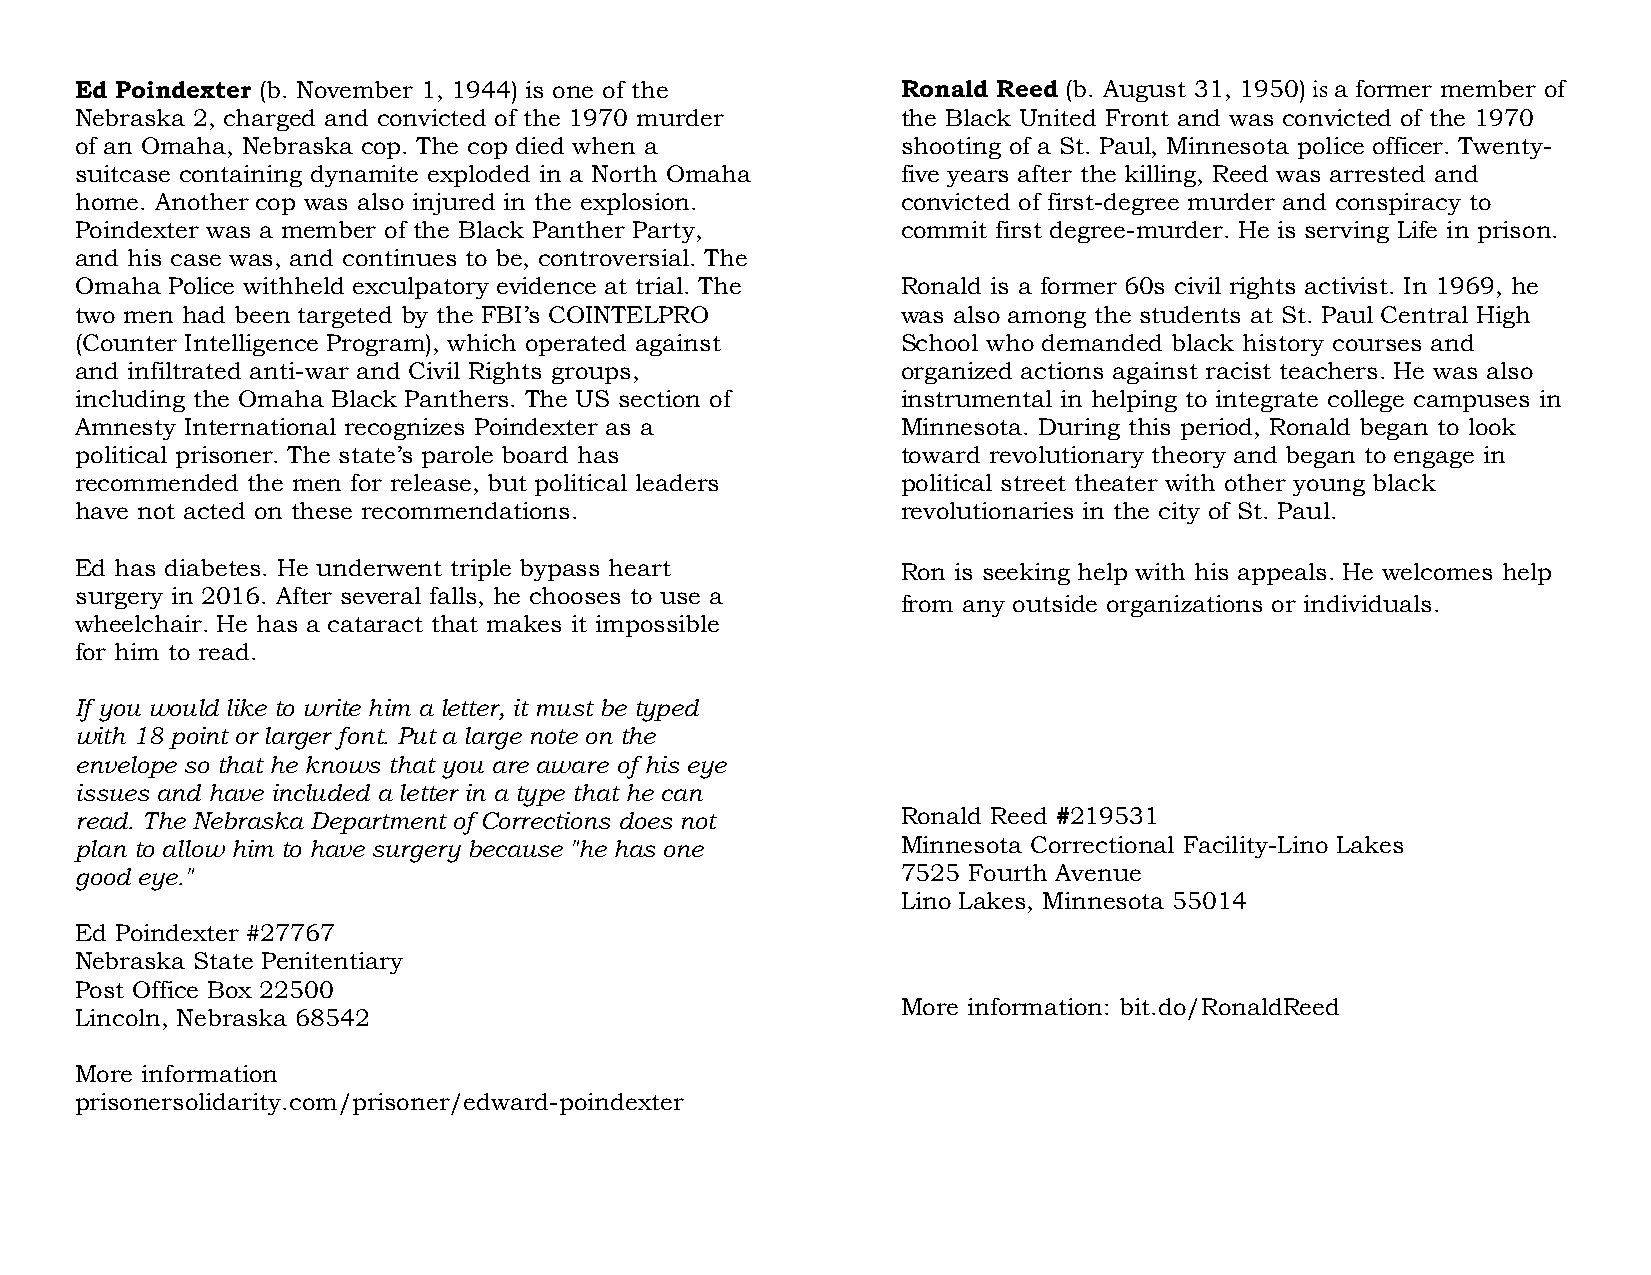
Ed Poindexter (b. November 1, 1944) is one of the      Ronald Reed (b. August 31, 1950) is a former member of
 Nebraska 2, charged and convicted of the 1970 murder   the Black United Front and was convicted of the 1970
 of an Omaha, Nebraska cop. The cop died when a         shooting of a St. Paul, Minnesota police officer. Twenty-
 suitcase containing dynamite exploded in a North Omaha five years after the killing, Reed was arrested and
 home. Another cop was also injured in the explosion.   convicted of first-degree murder and conspiracy to
 Poindexter was a member of the Black Panther Party,    commit first degree-murder. He is serving Life in prison.
 and his case was, and continues to be, controversial. The
 Omaha Police withheld exculpatory evidence at trial. The Ronald is a former 60s civil rights activist. In 1969, he
 two men had been targeted by the FBI’s COINTELPRO      was also among the students at St. Paul Central High
 (Counter Intelligence Program), which operated against School who demanded black history courses and
 and infiltrated anti-war and Civil Rights groups,      organized actions against racist teachers. He was also
 including the Omaha Black Panthers. The US section of  instrumental in helping to integrate college campuses in
 Amnesty International recognizes Poindexter as a       Minnesota. During this period, Ronald began to look
 political prisoner. The state’s parole board has       toward revolutionary theory and began to engage in
 recommended the men for release, but political leaders political street theater with other young black
 have not acted on these recommendations.               revolutionaries in the city of St. Paul.
 Ed has diabetes. He underwent triple bypass heart      Ron is seeking help with his appeals. He welcomes help
 surgery in 2016. After several falls, he chooses to use a
 from any outside organizations or individuals.
 wheelchair. He has a cataract that makes it impossible
 for him to read.
 If you would like to write him a letter, it must be typed
 with 18 point or larger font. Put a large note on the
 envelope so that he knows that you are aware of his eye
 issues and have included a letter in a type that he can
 read. The Nebraska Department of Corrections does not  Ronald Reed #219531
 plan to allow him to have surgery because "he has one  Minnesota Correctional Facility-Lino Lakes
 good eye."                                             7525 Fourth Avenue
 Lino Lakes, Minnesota 55014
 Ed Poindexter #27767
 Nebraska State Penitentiary
 Post Office Box 22500
 More information: bit.do/RonaldReed
 Lincoln, Nebraska 68542
 More information
 prisonersolidarity.com/prisoner/edward-poindexter